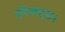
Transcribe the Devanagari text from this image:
इफेक्ट्स।